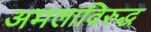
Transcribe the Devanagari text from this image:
अमलाविरुद्ध